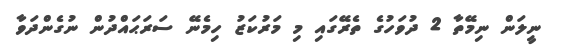
ނީލަން ނިމޭތާ 2 ދުވަހުގެ ތެރޭގައި މި މަރުކަޒު ހިމެނޭ ސަރަޙައްދުން ނުގެންދަވާ